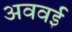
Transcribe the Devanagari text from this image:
अववई